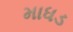
માધડ